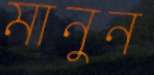
মানুন